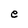
Character: e